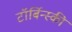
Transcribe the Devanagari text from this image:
टॉर्बिन्स्की